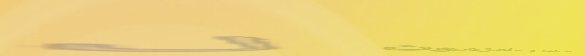
موظفون مؤهلون و ملتزمون ل